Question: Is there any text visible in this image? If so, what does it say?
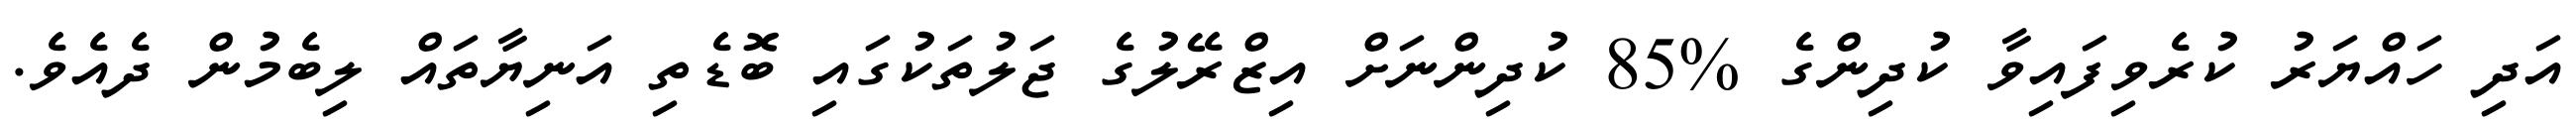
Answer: އަދި ހައްޔަރު ކުރެވިފައިވާ ކުދިންގެ %85 ކުދިންނަށް އިޒްރޭލުގެ ޖަލުތަކުގައި ބޮޑެތި އަނިޔާތައް ލިބެމުން ދެއެވެ.